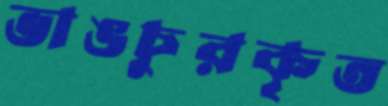
ভাঙচুরকৃত